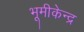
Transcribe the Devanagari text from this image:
भूमीकेन्द्र